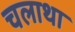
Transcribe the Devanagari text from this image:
चलाथा